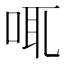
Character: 𠲷